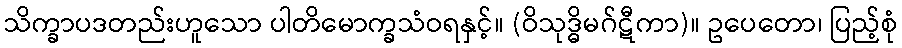
သိက္ခာပဒတည်းဟူသော ပါတိမောက္ခသံဝရနှင့်။ (ဝိသုဒ္ဓိမဂ်ဋီကာ)။ ဥပေတော၊ ပြည့်စုံ